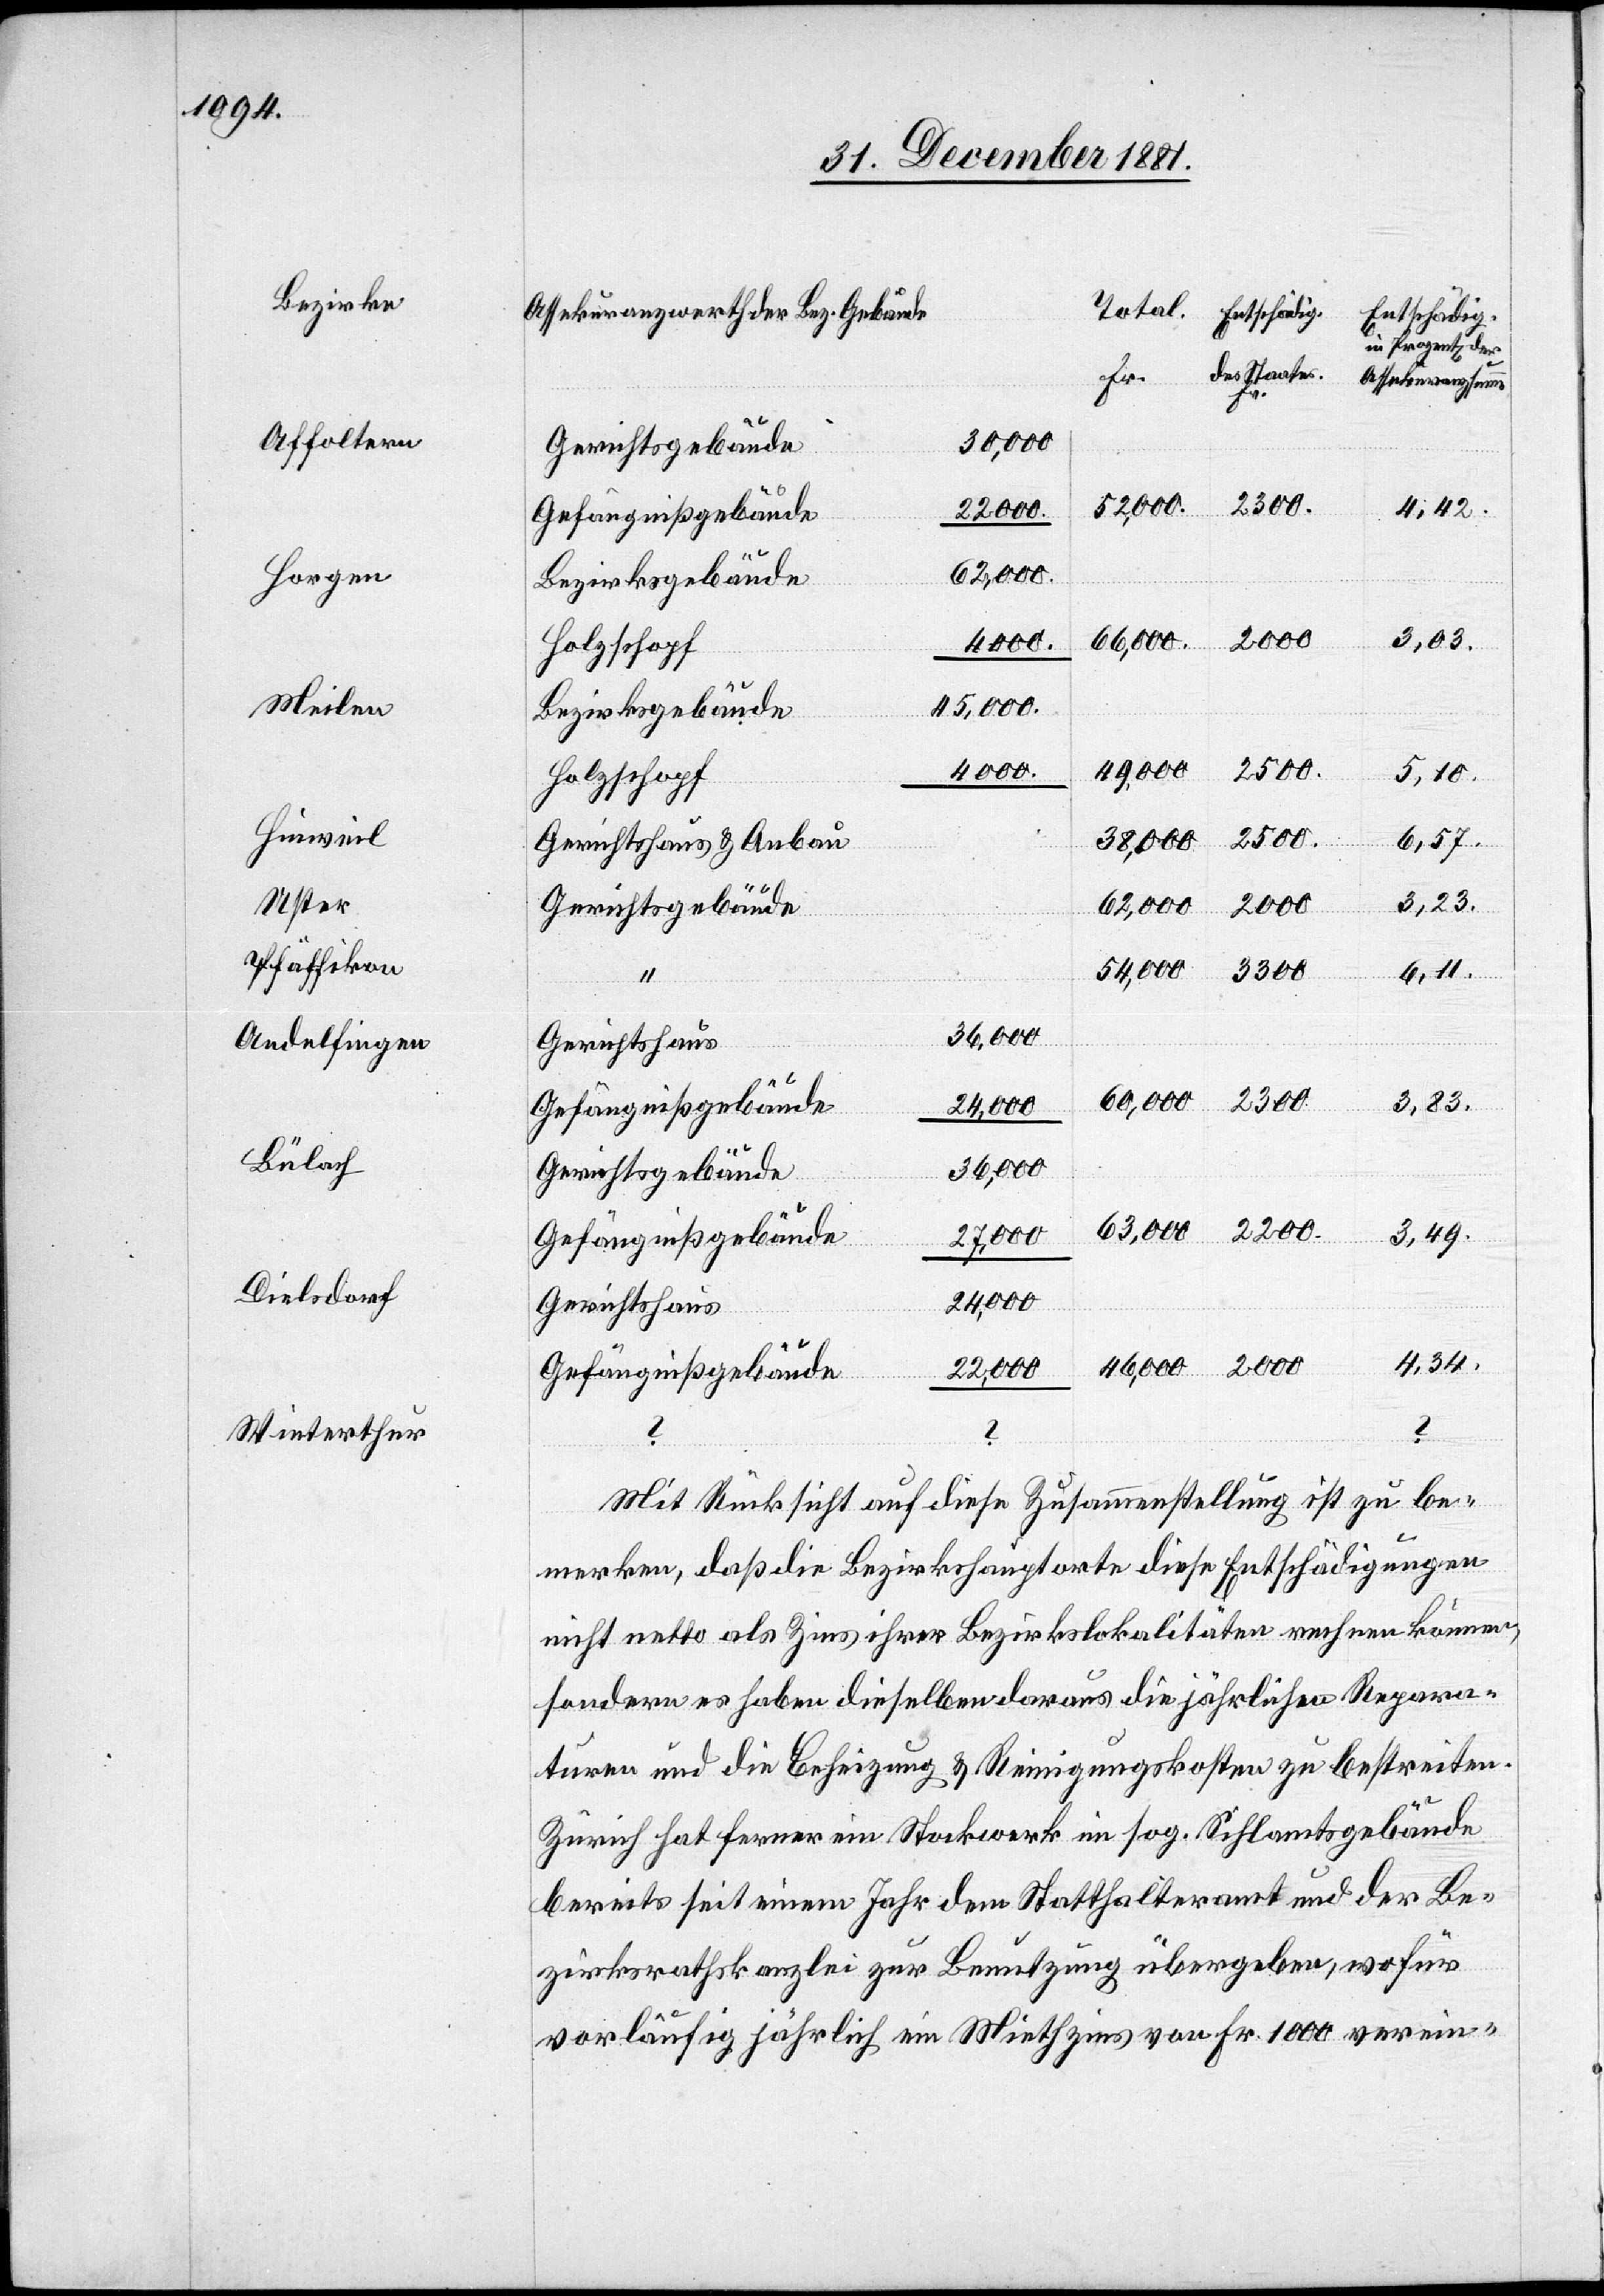
Affoltern
Horgen
Meilen
Hinweil
Uster
Pfäffikon
Andelfingen
Bülach
Winterthur

38,000
Gerichtsgebäude
“
2300.
4,42.
2200.
63,000.
Bezirksgebäude
2000.
3,83
60,000.
4000.
Holzschopf
45,000.
2500.
49,000.
5,10.
6,57.
Gerichtshaus & Anbau
3,23.
Gefängnißgebäude
36,000.
3,49.
24,000.
Gerichtshaus
Mit Rücksicht auf diese Zusammenstellung ist zu be¬
merken, daß die Bezirkshauptorte diese Entschädigungen
nicht netto als Zins ihrer Bezirkslokalitäten nehmen können,
sondern es haben dieselben daraus die jährlichen Repara¬
turen und die Beheizung & Reinigungskosten zu bestreiten.
Zürich hat ferner ein Stockwerk im sog. Sihlamtsgebäude
bereits seit einem Jahr dem Statthalteramt und der Be¬
zirksrathskanzlei zur Benutzung übergeben, wofür
vorläufig jährlich ein Miethzins von Fr. 1000 verein-